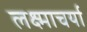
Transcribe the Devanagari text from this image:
लक्ष्माचर्या